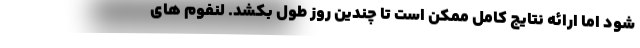
شود اما ارائه نتایج کامل ممکن است تا چندین روز طول بکشد. لنفوم های